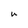
Character: U